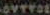
OVERGE